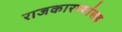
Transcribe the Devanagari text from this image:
राजकारण्यांसह